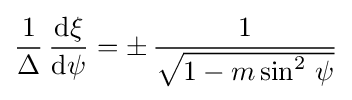
{\frac {1}{\Delta }}\,{\frac {{\text{d}}\xi }{{\text{d}}\psi }}=\pm \,{\frac {1}{\sqrt {1-m\sin ^{2}\,\psi }}}